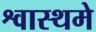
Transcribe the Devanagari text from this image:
श्वास्थमे